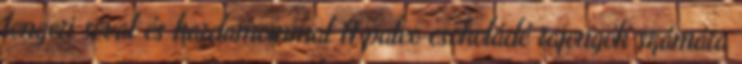
tengeri sóval és kardamommal A paleo csokoládé rajongók számára